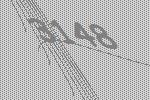
3148